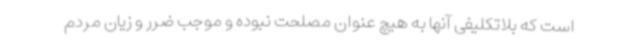
است که بلاتکلیفی آنها به هیچ عنوان مصلحت نبوده و موجب ضرر و زیان مردم